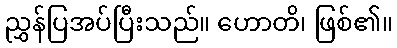
ညွှန်ပြအပ်ပြီးသည်။ ဟောတိ၊ ဖြစ်၏။